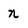
Character: n